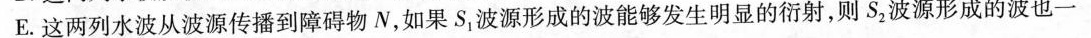
E.这两列水波从波源传播到障碍物N，如果S_{1}波源形成的波能够发生明显的衍射，则S_{2}波源形成的波也一